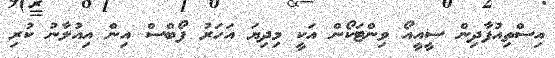
އިސްތިއުފާދިން ސީއީއޯ ވިންޓަކޯން އަކީ މިދިޔަ އަހަރު ފޯބްސް އިން އިއުލާނު ކުރި